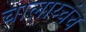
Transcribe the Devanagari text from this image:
चालाय्चंच